Scottish Certificate of Education, 1962
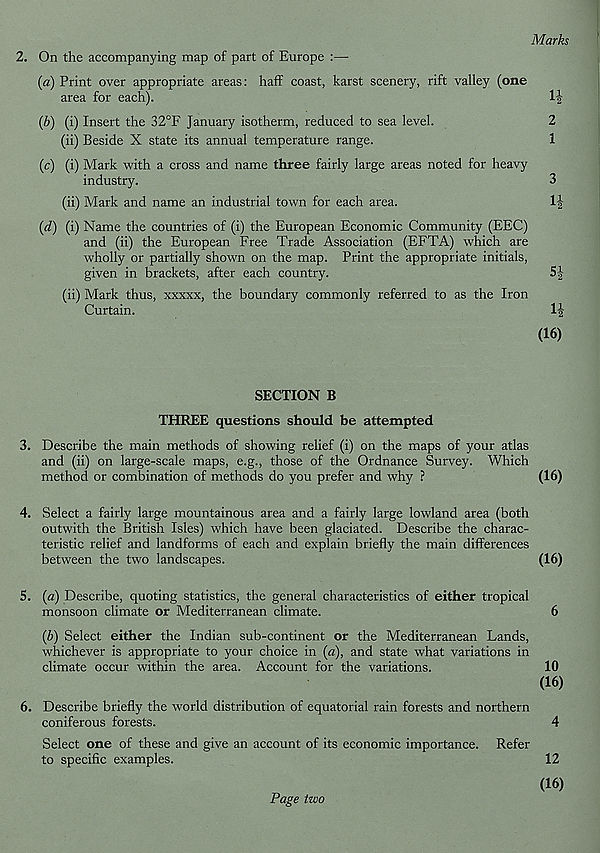
Marks
2. On the accompanying map of part of Europe :—
(a) Print over appropriate areas: haff coast, karst scenery, rift valley (one
area for each).
1|
(b) (i) Insert the 32°F January isotherm, reduced to sea level.
2
(ii) Beside X state its annual temperature range.
1
(c) (i) Mark with a cross and name three fairly large areas noted for heavy
industry.
3
(ii) Mark and name an industrial town for each area.
1|
(d) (i) Name the countries of (i) the European Economic Community (EEC)
and (ii) the European Free Trade Association (EFTA) which are
wholly or partially shown on the map. Print the appropriate initials,
given in brackets, after each country.
5|
(ii) Mark thus, xxxxx, the boundary commonly referred to as the Iron
Curtain.
(16)
SECTION B
THREE questions should be attempted
3. Describe the main methods of showing relief (i) on the maps of your atlas
and (ii) on large-scale maps, e.g., those of the Ordnance Survey. Which
method or combination of methods do you prefer and why ?
(16)
4. Select a fairly large mountainous area and a fairly large lowland area (both
outwith the British Isles) which have been glaciated. Describe the charac-
teristic relief and landforms of each and explain briefly the main differences
between the two landscapes.
(16)
5. (a) Describe, quoting statistics, the general characteristics of either tropical
monsoon climate or Mediterranean climate.
6
(b) Select either the Indian sub-continent or the Mediterranean Lands,
whichever is appropriate to your choice in (a), and state what variations in
climate occur within the area. Account for the variations.
10
(16)
6. Describe briefly the world distribution of equatorial rain forests and northern
coniferous forests.
4
Select one of these and give an account of its economic importance. Refer
to specific examples.
12
(16)
Page two